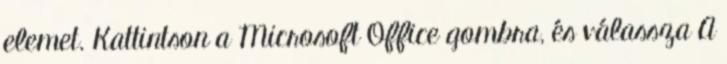
elemet. Kattintson a Microsoft Office gombra, és válassza A